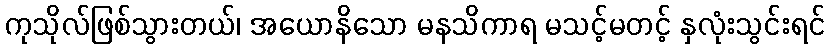
ကုသိုလ်ဖြစ်သွားတယ်၊ အယောနိသော မနသိကာရ မသင့်မတင့် နှလုံးသွင်းရင်